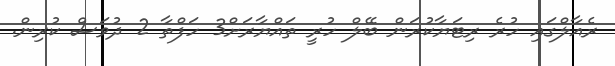
ރެއާލްގައި ހުރެ ރިޓަޔާކުރަން ބޭލް ހުރީ ތައްޔާރަށް3 ހަފްތާ 2 ދުވަސް ކުރިން.